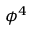
\phi ^ { 4 }